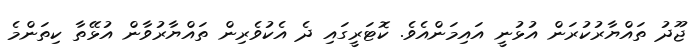
ޖޫދު ތައްޔާރުކުރަން އުޅުނީ އައިމަންއެވެ. ކޮޓަރީގައި ދެ އެކުވެރިން ތައްޔާރުވާން އުޅޭތާ ކިތަންމެ